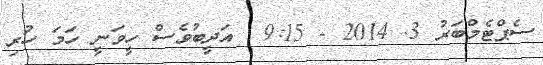
ސެޕްޓެމްބަރު 3